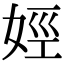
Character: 娙